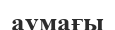
аумағы